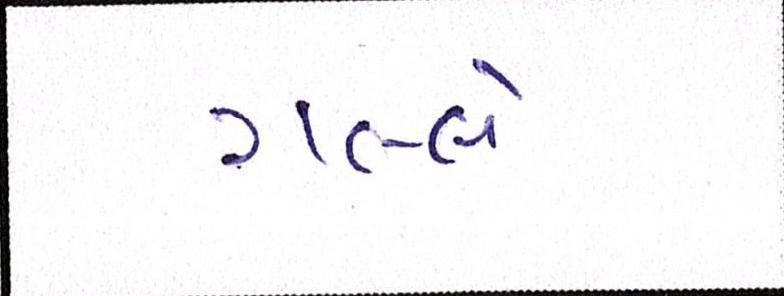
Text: ગલ્લે